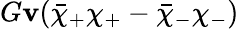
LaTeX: G\mathbf{v}(\bar{{\chi}}_{+}\chi_{+}-\bar{{\chi}}_{-}\chi_{-})